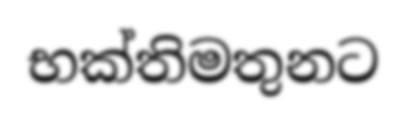
භක්තිමතුනට